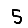
Digit: 5